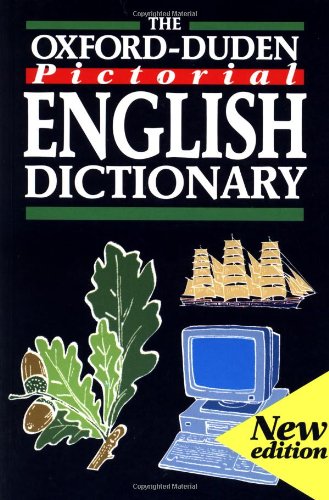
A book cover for The Oxford-Duden Pictorial English Dictionary; Oxford University Press; Reference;